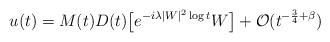
LaTeX: \begin{align*}u(t) = M(t)D(t)\bigl[ e^{-i\lambda |W|^2 \log t}W\bigr] + \mathcal{O}(t^{-\frac34+\beta})\end{align*}